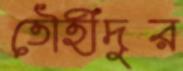
তৌহীদুর